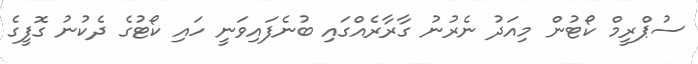
ސުޕްރީމް ކޯޓުން މިއަދު ނެރުނު ގާރާރެއްގައި ބުނެފައިވަނީ ހައި ކޯޓުގެ ދެކުނު ގޮފީގެ